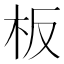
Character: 板